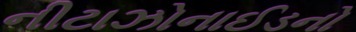
નીટાઝોનાઈડનો